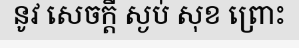
នូវ សេចក្តី ស្ងប់ សុខ ព្រោះ